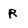
Character: R